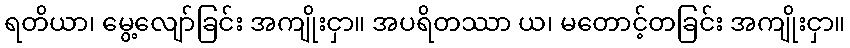
ရတိယာ၊ မွေ့လျော်ခြင်း အကျိုးငှာ။ အပရိတဿာ ယ၊ မတောင့်တခြင်း အကျိုးငှာ။